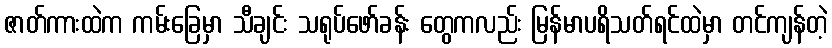
ဇာတ်ကားထဲက ကမ်းခြေမှာ သီချင်း သရုပ်ဖော်ခန်း တွေကလည်း မြန်မာပရိသတ်ရင်ထဲမှာ တင်ကျန်တဲ့